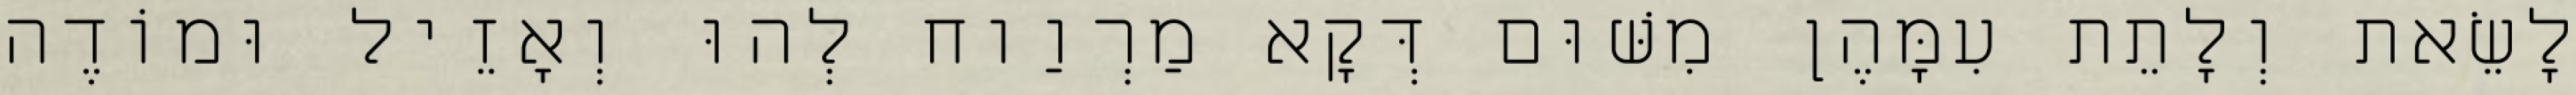
לָשֵׂאת וְלָתֵת עִמָּהֶן מִשּׁוּם דְּקָא מַרְוַוח לְהוּ וְאָזֵיל וּמוֹדֶה